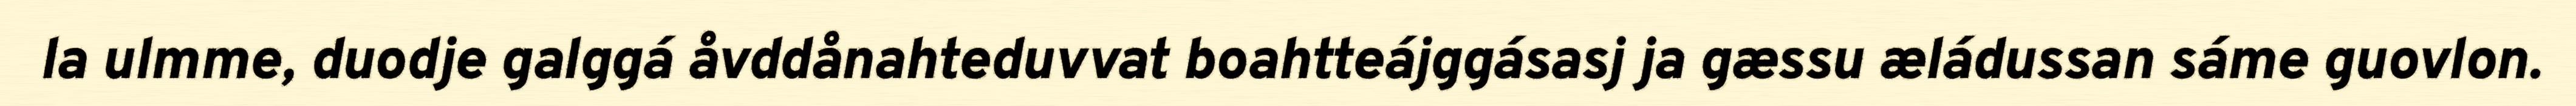
la ulmme, duodje galggá åvddånahteduvvat boahtteájggásasj ja gæssu æládussan sáme guovlon.